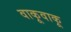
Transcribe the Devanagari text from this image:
वाकूवाकू